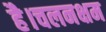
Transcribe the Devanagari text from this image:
है।चलनक्षम